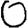
Digit: 0